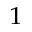
^ 1